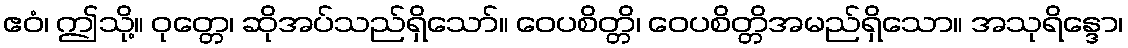
ဧဝံ၊ ဤသို့။ ဝုတ္တေ၊ ဆိုအပ်သည်ရှိသော်။ ဝေပစိတ္တိ၊ ဝေပစိတ္တိအမည်ရှိသော။ အသုရိန္ဒော၊